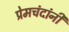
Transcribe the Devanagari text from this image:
प्रेमचंदांनी